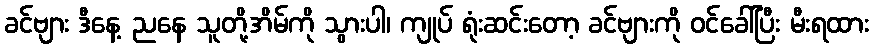
ခင်ဗျား ဒီနေ့ ညနေ သူတို့အိမ်ကို သွားပါ၊ ကျုပ် ရုံးဆင်းတော့ ခင်ဗျားကို ဝင်ခေါ်ပြီး မီးရထား